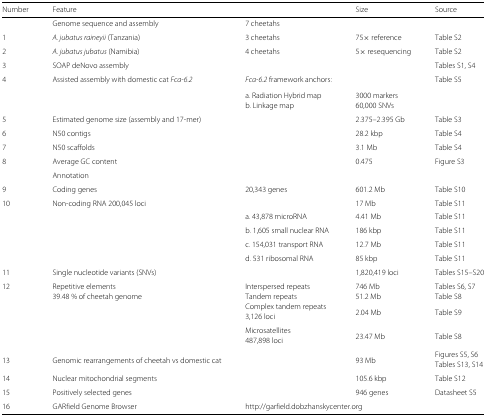
<table><thead><tr><td><b>Number</b></td><td><b>Feature</b></td><td></td><td><b>Size</b></td><td><b>Source</b></td></tr></thead><tbody><tr><td></td><td>Genome sequence and assembly</td><td>7 cheetahs</td><td></td><td></td></tr><tr><td>1</td><td><i>A. jubatus raineyii</i> (Tanzania)</td><td>3 cheetahs</td><td>75 × reference</td><td>Table S2</td></tr><tr><td>2</td><td><i>A. jubatus jubatus</i> (Namibia)</td><td>4 cheetahs</td><td>5 × resequencing</td><td>Table S2</td></tr><tr><td>3</td><td>SOAP deNovo assembly</td><td></td><td></td><td>Tables S1, S4</td></tr><tr><td>4</td><td>Assisted assembly with domestic cat <i>Fca-6.2</i></td><td><i>Fca-6.2</i> framework anchors:</td><td></td><td>Table S5</td></tr><tr><td></td><td></td><td>a. Radiation Hybrid map</td><td>3000 markers</td><td></td></tr><tr><td></td><td></td><td>b. Linkage map</td><td>60,000 SNVs</td><td></td></tr><tr><td>5</td><td>Estimated genome size (assembly and 17-mer)</td><td></td><td>2.375–2.395 Gb</td><td>Table S3</td></tr><tr><td>6</td><td>N50 contigs</td><td></td><td>28.2 kbp</td><td>Table S4</td></tr><tr><td>7</td><td>N50 scaffolds</td><td></td><td>3.1 Mb</td><td>Table S4</td></tr><tr><td>8</td><td>Average GC content</td><td></td><td>0.475</td><td>Figure S3</td></tr><tr><td></td><td colspan="4">Annotation</td></tr><tr><td>9</td><td>Coding genes</td><td>20,343 genes</td><td>601.2 Mb</td><td>Table S10</td></tr><tr><td>10</td><td>Non-coding RNA 200,045 loci</td><td></td><td>17 Mb</td><td>Table S11</td></tr><tr><td></td><td></td><td>a. 43,878 microRNA</td><td>4.41 Mb</td><td>Table S11</td></tr><tr><td></td><td></td><td>b. 1,605 small nuclear RNA</td><td>186 kbp</td><td>Table S11</td></tr><tr><td></td><td></td><td>c. 154,031 transport RNA</td><td>12.7 Mb</td><td>Table S11</td></tr><tr><td></td><td></td><td>d. 531 ribosomal RNA</td><td>85 kbp</td><td>Table S11</td></tr><tr><td>11</td><td>Single nucleotide variants (SNVs)</td><td></td><td>1,820,419 loci</td><td>Tables S15–S20</td></tr><tr><td>12</td><td>Repetitive elements</td><td>Interspersed repeats</td><td>746 Mb</td><td>Tables S6, S7</td></tr><tr><td></td><td>39.48 % of cheetah genome</td><td>Tandem repeats</td><td>51.2 Mb</td><td>Table S8</td></tr><tr><td></td><td></td><td>Complex tandem repeats</td><td>2.04 Mb</td><td>Table S9</td></tr><tr><td></td><td></td><td>3,126 loci</td><td></td><td></td></tr><tr><td></td><td></td><td>Microsatellites</td><td>23.47 Mb</td><td>Table S8</td></tr><tr><td></td><td></td><td>487,898 loci</td><td></td><td></td></tr><tr><td>13</td><td>Genomic rearrangements of cheetah vs domestic cat</td><td></td><td>93 Mb</td><td>Figures S5, S6</td></tr><tr><td></td><td></td><td></td><td></td><td>Tables S13, S14</td></tr><tr><td>14</td><td>Nuclear mitochondrial segments</td><td></td><td>105.6 kbp</td><td>Table S12</td></tr><tr><td>15</td><td>Positively selected genes</td><td></td><td>946 genes</td><td>Datasheet S5</td></tr><tr><td>16</td><td>GARfield Genome Browser</td><td colspan="3">http://garfield.dobzhanskycenter.org</td></tr></tbody></table>